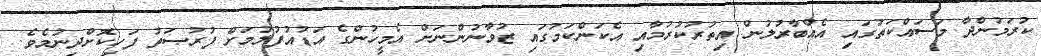
ކުރަމުންދާ މަސައްކަތުގައި އެއްބާރުލުން އިތުރުކުރުމާއި އެކަންކަމުގައި ޒުވާނުންނަށް އެމީހުންގެ އަޑުއުފުލުމަށް ފުރުޞަތު ފަހިކޮށްދިނުމެވެ.